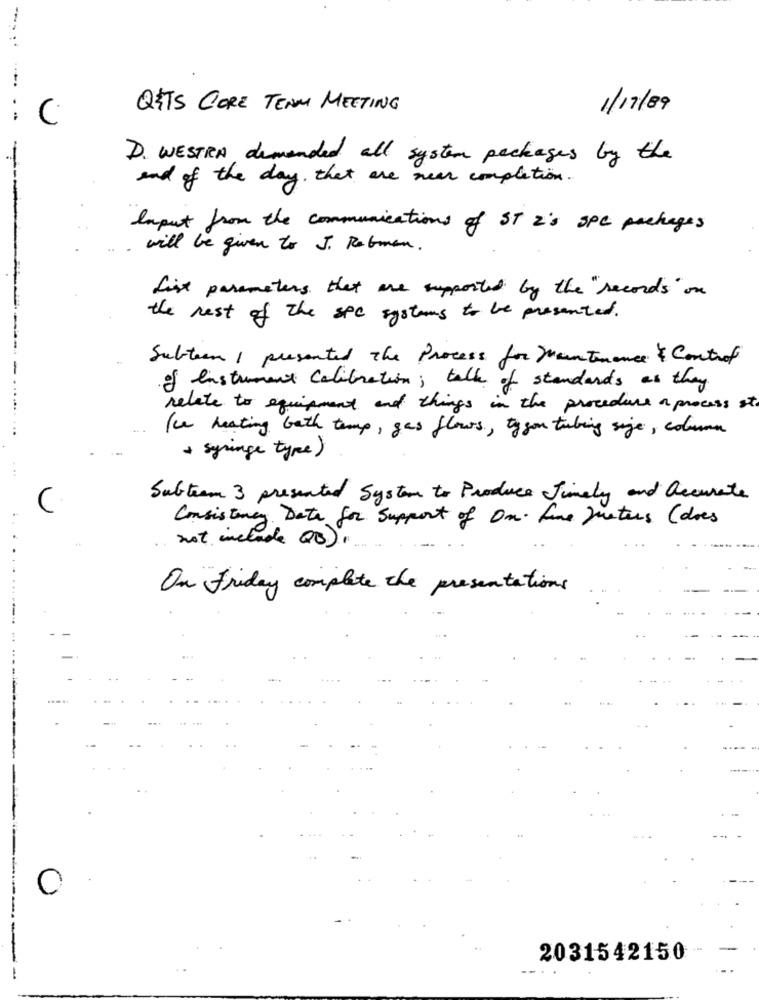
...
QITS CORE TEAM MEETING
1/17/89
. .
C
-
D. WESTRA demanded all system packages by the
and of the day. that are near completion
laput from the communications of ST 2's SPC packages
will be given to J. Retmen.
List parameters that are supported by the "seconds" on
the rest of the SPC systems to be presented.
Subteen 1 presented the Process for Maintenance & Control
of Instrument calibration; talk of standards as they
relate to equipment and things in the procedure a process st.
(ce heating bath temp, gas flows, to you tubing sige, column
+ syringe type)
. ..
Subteam 3 presented System to Produce Timely and accurate
C
Consistency Data for Support of On. fine Jueters (does
not include QB) ,
..
On friday complete the presentations
0
---
2031542150
-